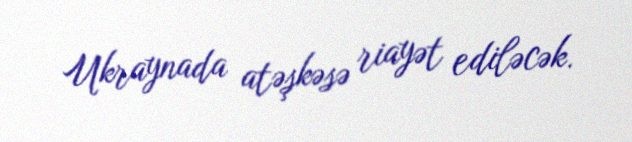
Ukraynada atəşkəsə riayət ediləcək.